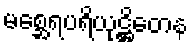
မစ္ဆေရပရိယုဋ္ဌိတေန